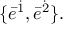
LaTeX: \{ \bar { e } ^ { \dot { 1 } } , \bar { e } ^ { \dot { 2 } } \} .